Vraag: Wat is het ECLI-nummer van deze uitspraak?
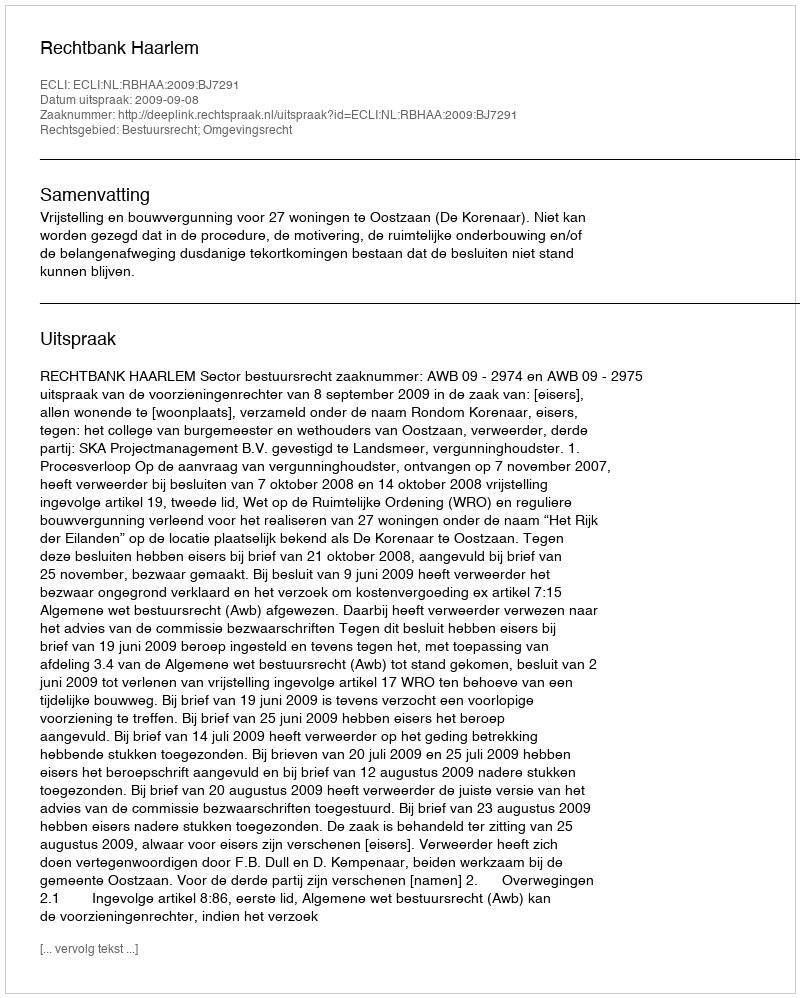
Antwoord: ECLI:NL:RBHAA:2009:BJ7291